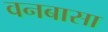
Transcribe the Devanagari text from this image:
वनबासा